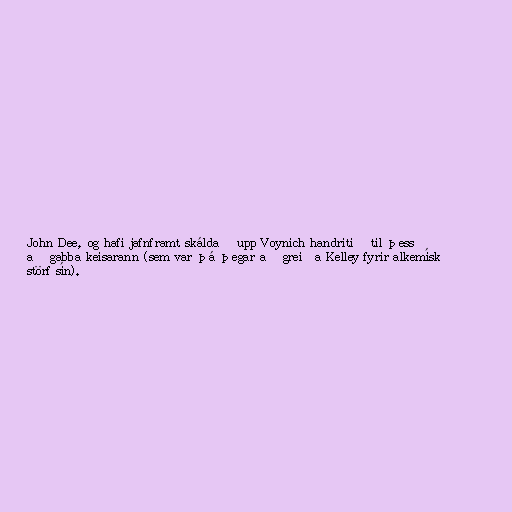
John Dee, og hafi jafnframt skáldað upp Voynich handritið til þess
að gabba keisarann (sem var þá þegar að greiða Kelley fyrir alkemísk
störf sín).